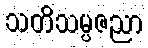
သတိသမ္ပဇညာ